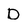
Character: D